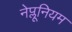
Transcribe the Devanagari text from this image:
नेप्लूनियम